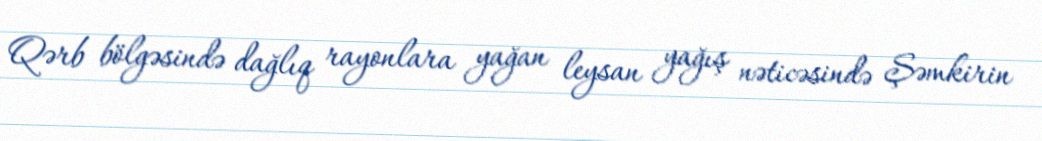
Qərb bölgəsində dağlıq rayonlara yağan leysan yağış nəticəsində Şəmkirin